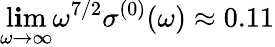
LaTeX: \operatorname*{l\mathbf{i}m}_{\omega\to\infty}\omega^{7/2}\sigma^{(0)}(\omega)\approx0.11